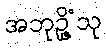
အဘုဉ္ဇိံသု